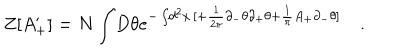
Z [ A _ { + } ^ { \prime } ] = N \int \! D \theta e ^ { - \int \! d ^ { 2 } x \, [ + \frac { 1 } { 2 \pi } \partial _ { - } \theta \partial _ { + } \theta + \frac { 1 } { \pi } A _ { + } \partial _ { - } \theta ] } \quad .